Scottish Certificate of Education, 1963
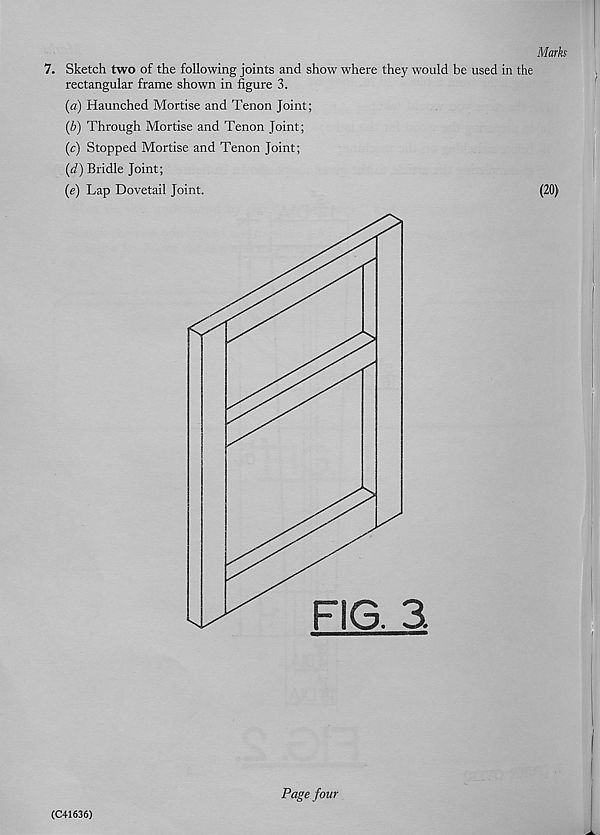
Marks
7. Sketch two of the following joints and show where they would be used in the
rectangular frame shown in figure 3.
(a) Haunched Mortise and Tenon Joint;
(b) Through Mortise and Tenon Joint;
(c) Stopped Mortise and Tenon Joint;
(d) Bridle Joint;
(e) Lap Dovetail Joint.
(20)
(C41636)
Page four